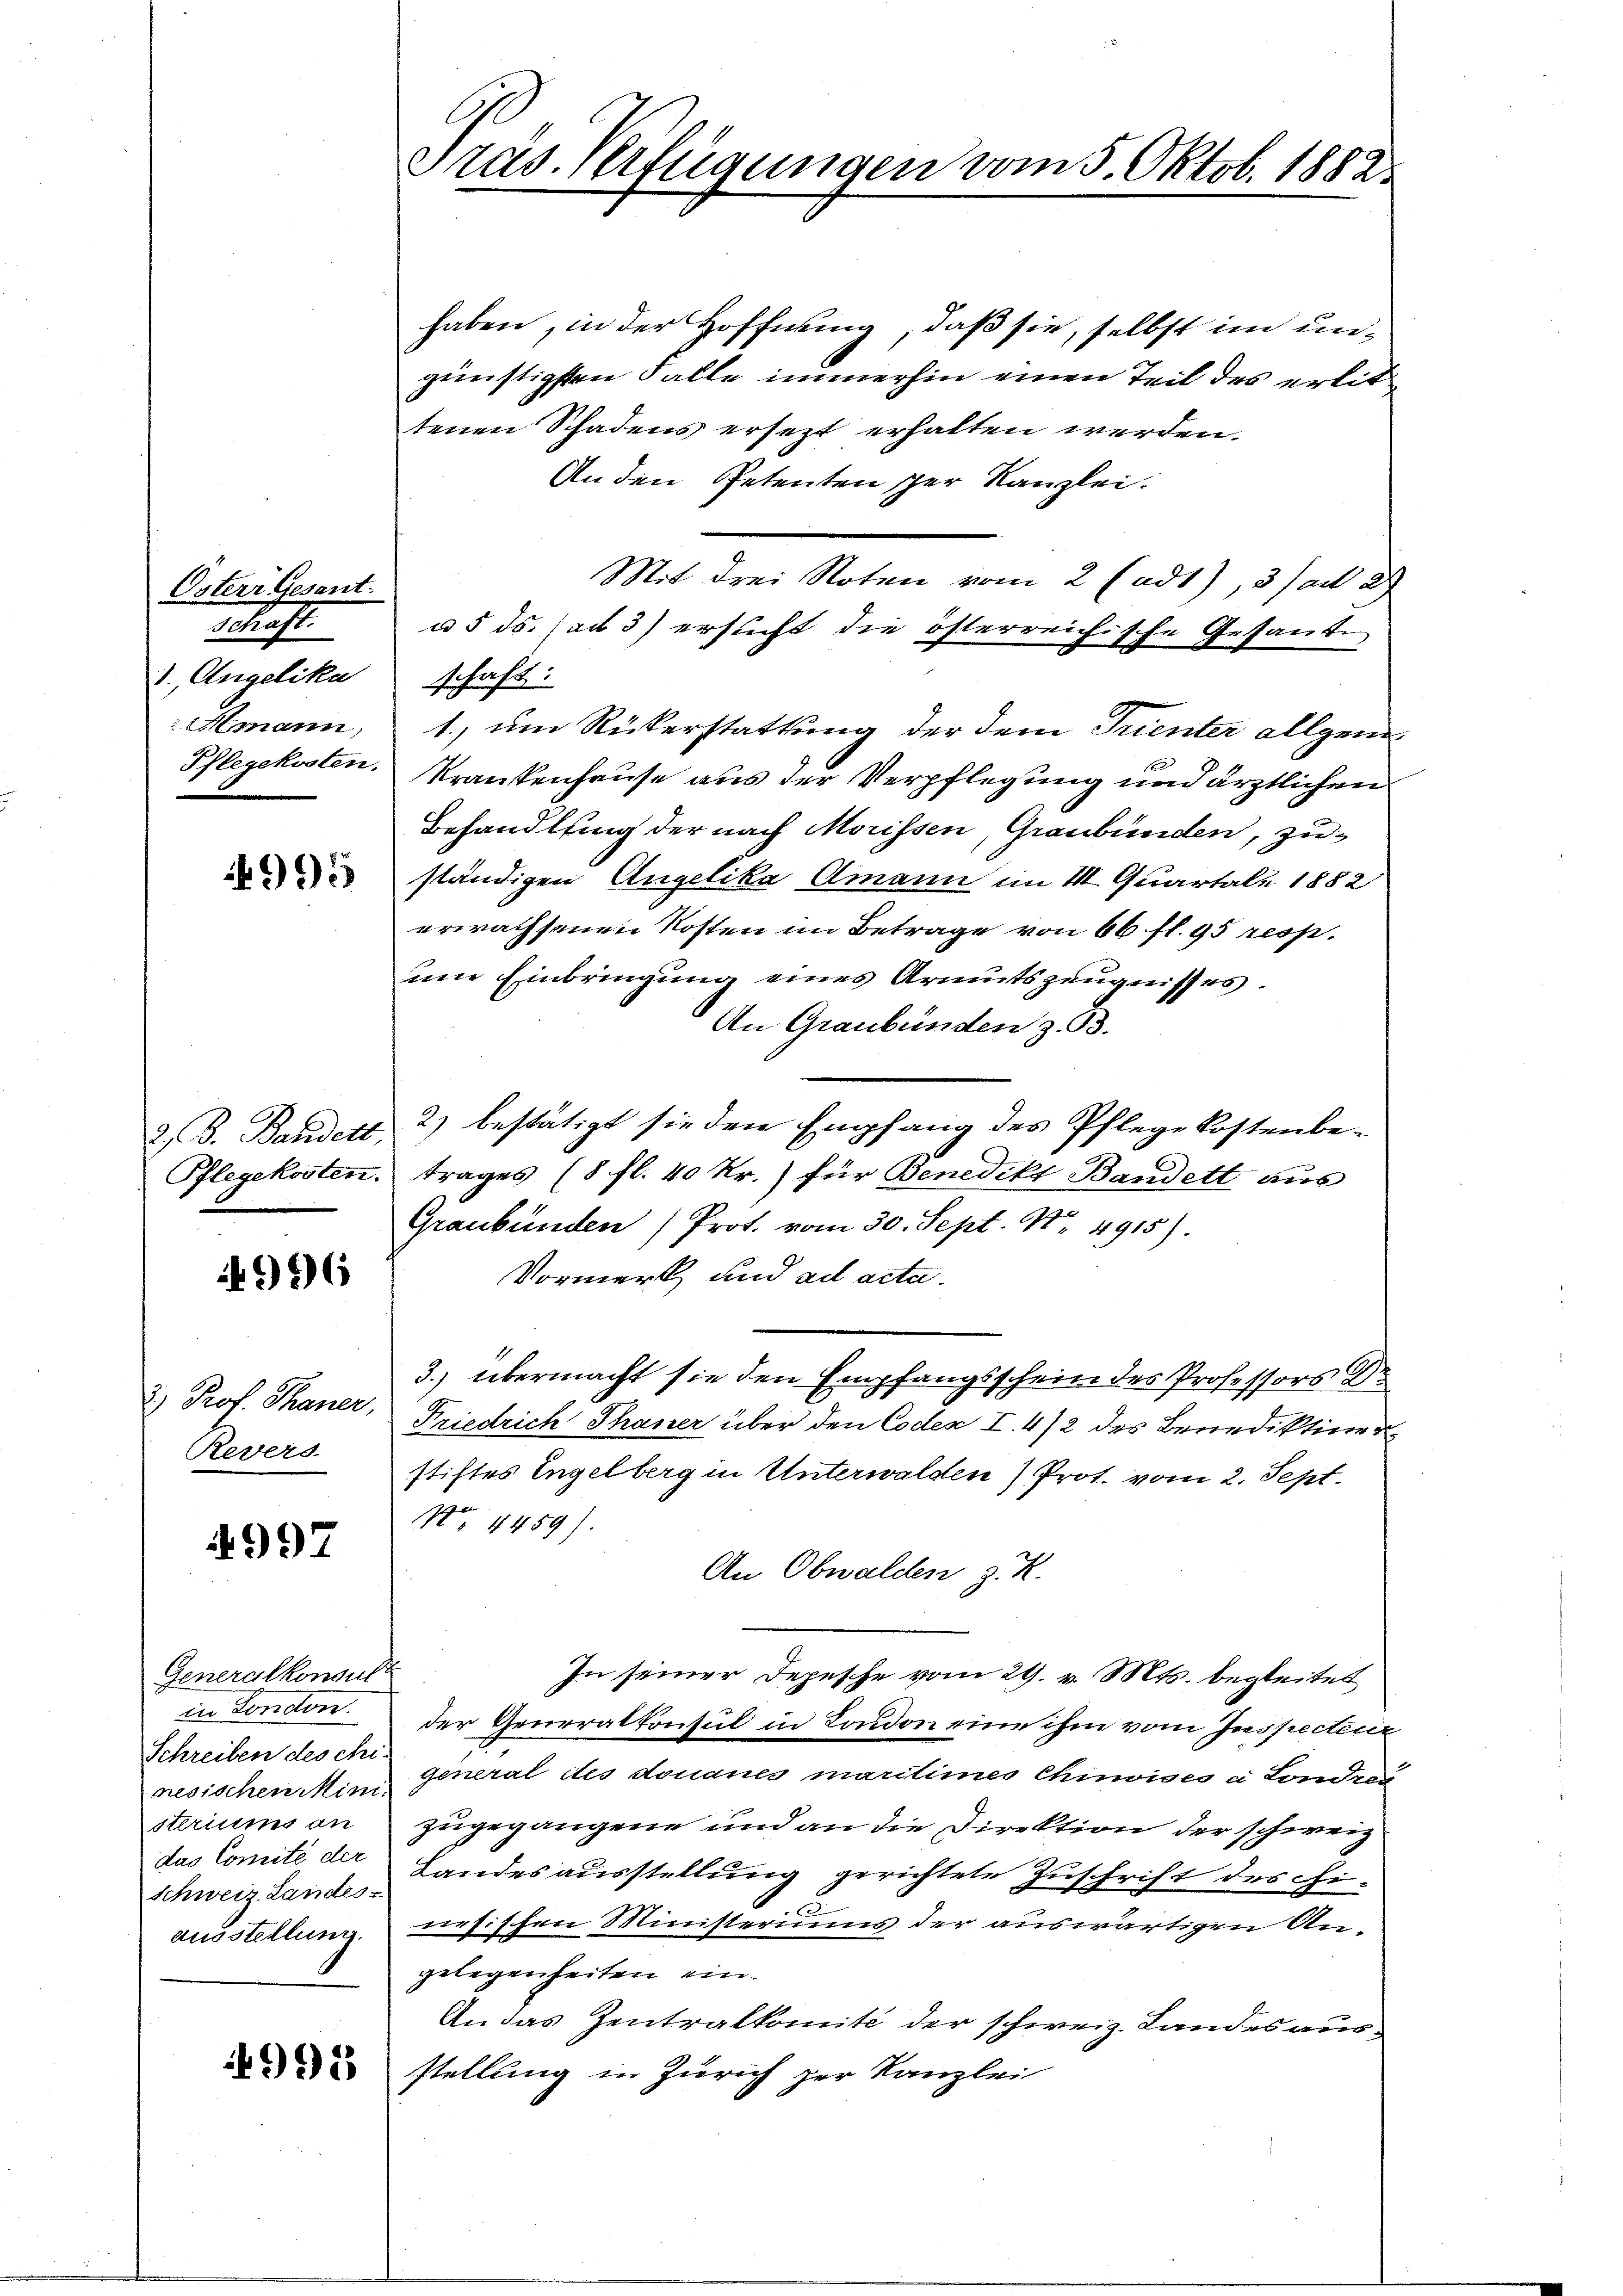
Osterr Gesant.
Schaft.
1. Angelika schaft:

4996

) Prof. Thaner,

997

Generalkonsult
Schreiben des chi-
steriums an
Schweiz. Landes-

995

haben, in der Hoffnung, daß sie, selbst im ungünstigsten Falle immerhin einen Teil des erlittenen Schadens ersezt erhalten werden.
Anden Petenten per Kanzlei.
Mit drei Noten vom 2 (ad1), 3 (ad 2
u 5. ds. ad 3) ersucht die österreichische Gesante
Amann, 1, um Rükerstattung der dem Trienter allgeme
Pflegekosten. Krankenhause aus der Verpflegung und ärztlichen
Behandlung der nach Morissen, Graubünden, zu¬
 ständigen Angelika Amann im III. Quartale 1882
erwachsenen Kosten im Betrage von 66 fl. 95 resp.
um Einbringung eines Armutszeugnisses.
An Graubünden z. B.
2. B. Bandelt, 2) bestätigt sie den Empfang des Pflege Kostenbe¬
Pflegekosten. Trages (8 fl. 40 kr.) für Benedikt Bandelt aus
Graubünden (Prot. vom 30. Sept. Nr. 4915).
Vormerk und ad acta.
3.) übermacht sie den Empfangsschein des Professors Dr
Friedrich Thaner über den Codex I. 4/2 des Benediktiner
Revers stiftes Engelberg in Unterwalden) Prot. vom 2. Sept.
No 4459).
An Obwalden z. R.
In seiner Depesche vom 29. v. Mts. begleitet
in Fondon der Generalkonsul in London eine ihm vom Inspecterir
nesischen Mini General des donanes maritimes Chinoises à sonder
zugegangene und an die Direktion der schweiz.
das Comite der Landesausstellung gerichtete Zuschrift des Fiausstellung nesischen Ministeriums der auswärtigen Angelegenheiten ein.
An das Zentralkomité der schweiz. Landes ausstellung in Zürich zur Kanzlei

Präs. Verfügungen vom 5. Oktob. 1882.